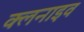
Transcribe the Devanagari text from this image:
क्लनाइव